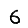
Digit: 6